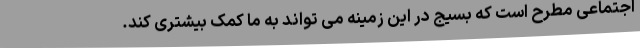
اجتماعی مطرح است که بسیج در این زمینه می تواند به ما کمک بیشتری کند.